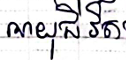
អាយុជីវិត